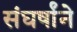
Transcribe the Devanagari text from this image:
संघर्षांने